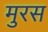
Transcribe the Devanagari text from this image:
मुरस